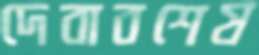
দেবাবশেষ